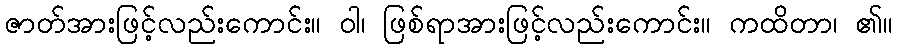
ဇာတ်အားဖြင့်လည်းကောင်း။ ဝါ၊ ဖြစ်ရာအားဖြင့်လည်းကောင်း။ ကထိတာ၊ ၏။